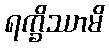
ရက္ခိဿာမိ